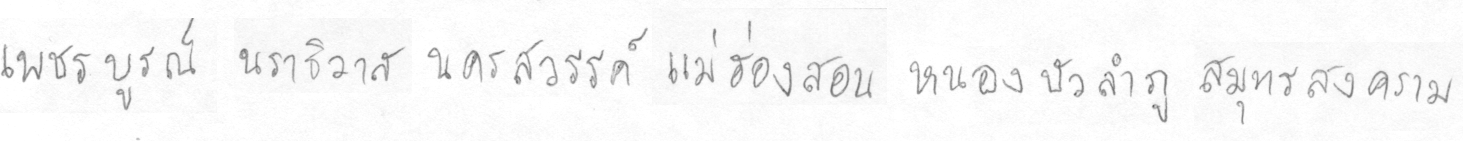
เพชรบรูณ์นราธิวาสนครสววรรค์แม่ฮ่องสอนหนองบัวลำภูสมุทรสงคราม